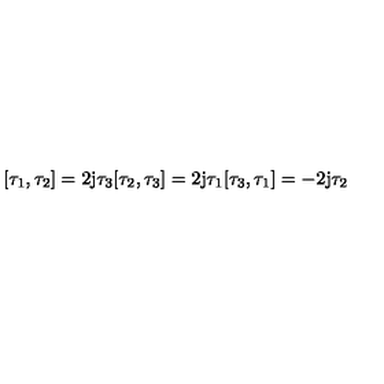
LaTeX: [ \tau _ { 1 } , \tau _ { 2 } ] = 2 \mathrm { j } \tau _ { 3 } [ \tau _ { 2 } , \tau _ { 3 } ] = 2 \mathrm { j } \tau _ { 1 } [ \tau _ { 3 } , \tau _ { 1 } ] = - 2 \mathrm { j } \tau _ { 2 }